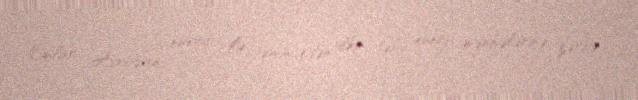
Onlar Avropanı eneryi ilə təmin edən ilkin təbii enerji mənbələrinə zərbə